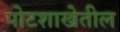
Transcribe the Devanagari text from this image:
पोटशाखेतील